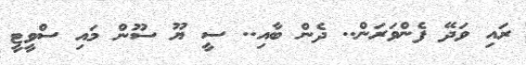
ރައި ވަދޭ ފެންވަރަން.. ދެން ބާއި.. ސީ ޔޫ ސޫން މައި ސްވީޓީ